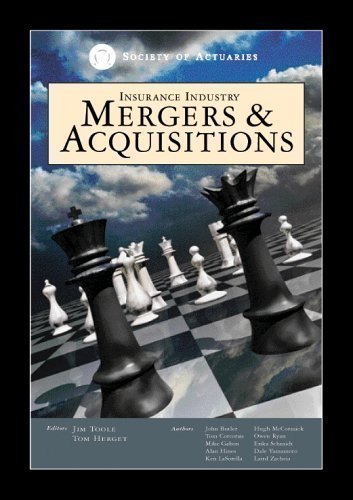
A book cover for Insurance Industry Mergers & Acquisitions; Business & Money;